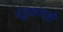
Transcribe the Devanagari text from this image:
भेद्भावांचाही